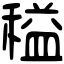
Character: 䅬